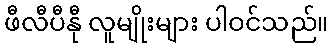
ဖီလီပီနီု လူမျိုးများ ပါဝင်သည်။